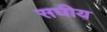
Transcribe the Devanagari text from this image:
सघीय